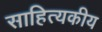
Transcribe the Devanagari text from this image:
साहित्यकीय